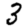
Digit: 3